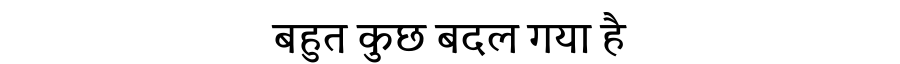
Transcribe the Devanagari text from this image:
बहुत कुछ बदल गया है